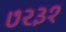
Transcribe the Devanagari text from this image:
७२३१